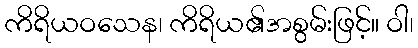
ကိရိယဝသေန၊ ကိရိယ၏အစွမ်းဖြင့်။ ဝါ၊